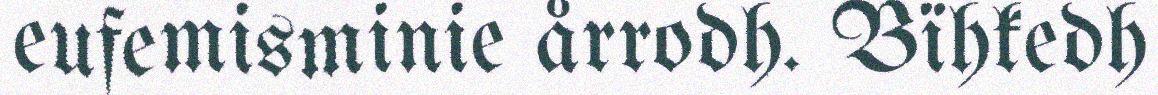
eufemisminie årrodh. Bïhkedh